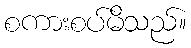
စကားစပ်မိသည်။